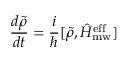
\frac { d \tilde { \rho } } { d t } = \frac { i } { \hbar } [ \tilde { \rho } , \hat { H } _ { \mathrm { m w } } ^ { \mathrm { e f f } } ]